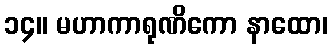
၁၄။ မဟာကာရုဏိကော နာထော၊